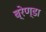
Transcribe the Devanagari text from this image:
ब्रेण्डा